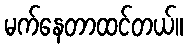
မက်နေတာထင်တယ်။